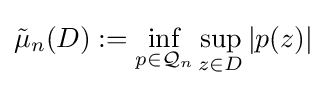
{\tilde {\mu }}_{n}(D):=\inf _{p\in {\mathcal {Q}}_{n}}\sup _{z\in D}|p(z)|